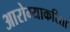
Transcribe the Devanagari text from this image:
आरोग्याकरिता